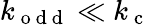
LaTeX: k_{\mathrm{~o~d~d~}}\ll k_{\mathrm{~c~}}